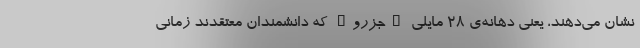
نشان می‌دهند، یعنی دهانه‌ی ۲۸ مایلی "جزرو" که دانشمندان معتقدند زمانی